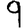
Digit: 9